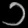
Digit: ၁